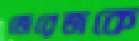
জেরেজকে